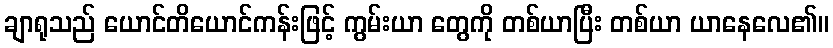
ချာရုသည် ယောင်တိယောင်ကန်းဖြင့် ကွမ်းယာ တွေကို တစ်ယာပြီး တစ်ယာ ယာနေလေ၏။